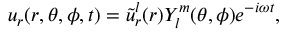
u _ { r } ( r , \theta , \phi , t ) = \tilde { u } _ { r } ^ { l } ( r ) Y _ { l } ^ { m } ( \theta , \phi ) e ^ { - i \omega t } ,